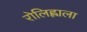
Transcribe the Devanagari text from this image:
रोलिह्लाला